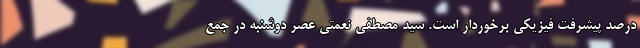
درصد پیشرفت فیزیکی برخوردار است. سید مصطفی نعمتی عصر دوشنبه در جمع